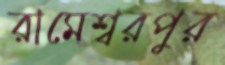
রামেশ্বরপুর